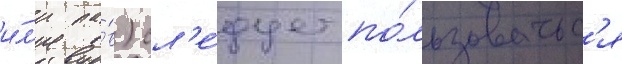
и́л'и па́в) сл'е́дует по́льзоватьс'я